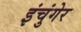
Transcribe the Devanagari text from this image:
इंचुंगेर